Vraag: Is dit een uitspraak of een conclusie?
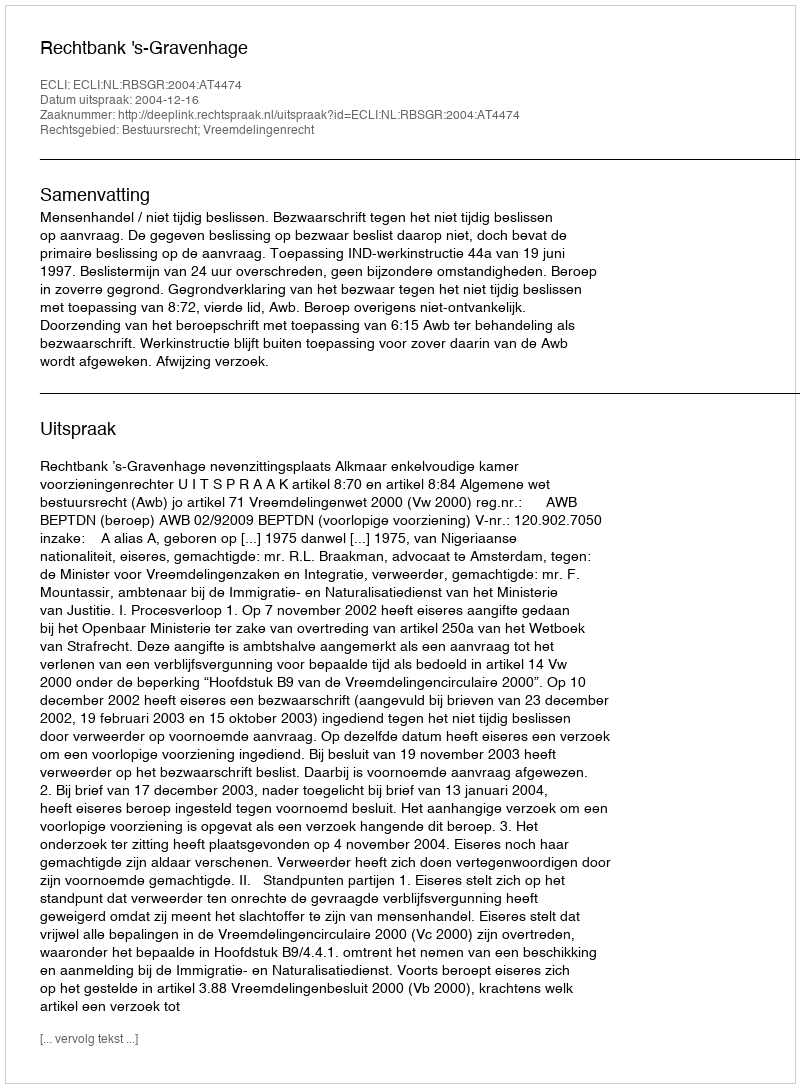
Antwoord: Uitspraak